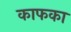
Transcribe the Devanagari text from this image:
काफका